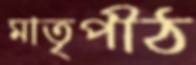
মাতৃপীঠ